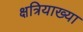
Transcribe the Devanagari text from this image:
क्षत्रियाख्या